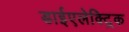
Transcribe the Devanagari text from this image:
डाईएलेक्ट्रिक